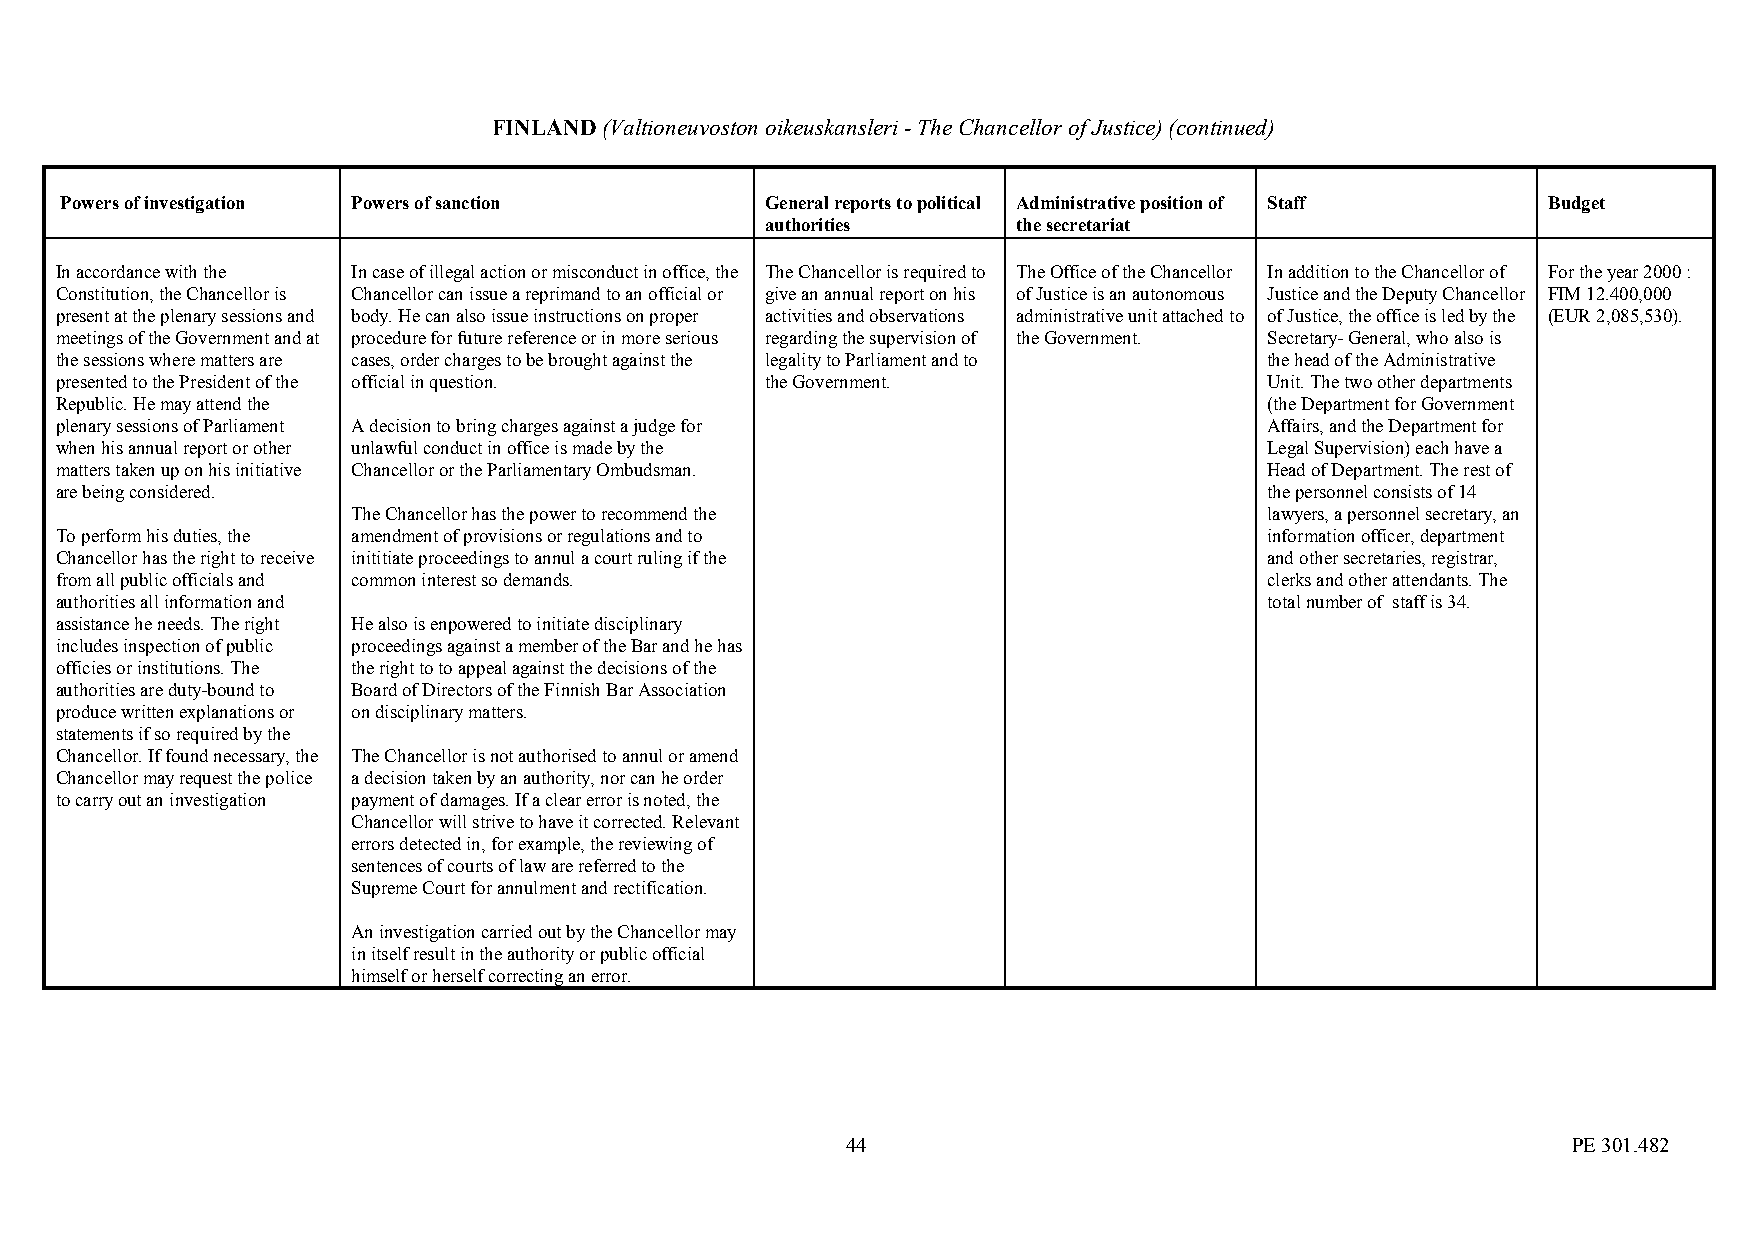
FINLAND (Valtioneuvoston oikeuskansleri - The Chancellor of Justice) (continued)
 Powers of investigation Powers of sanction     General reports to political Administrative position of Staff Budget
 authorities     the secretariat
 In accordance with the In case of illegal action or misconduct in office, the The Chancellor is required to The Office of the Chancellor In addition to the Chancellor of For the year 2000 :
 Constitution, the Chancellor is Chancellor can issue a reprimand to an official or give an annual report on his of Justice is an autonomous Justice and the Deputy Chancellor FIM 12.400,000
 present at the plenary sessions and body. He can also issue instructions on proper activities and observations administrative unit attached to of Justice, the office is led by the (EUR 2,085,530).
 meetings of the Government and at procedure for future reference or in more serious regarding the supervision of the Government. Secretary- General, who also is
 the sessions where matters are cases, order charges to be brought against the legality to Parliament and to the head of the Administrative
 presented to the President of the official in question. the Government.         Unit. The two other departments
 Republic. He may attend the                                                     (the Department for Government
 plenary sessions of Parliament A decision to bring charges against a judge for  Affairs, and the Department for
 when his annual report or other unlawful conduct in office is made by the       Legal Supervision) each have a
 matters taken up on his initiative Chancellor or the Parliamentary Ombudsman.   Head of Department. The rest of
 are being considered.                                                           the personnel consists of 14
 The Chancellor has the power to recommend the                lawyers, a personnel secretary, an
 To perform his duties, the amendment of provisions or regulations and to        information officer, department
 Chancellor has the right to receive inititiate proceedings to annul a court ruling if the and other secretaries, registrar,
 from all public officials and common interest so demands.                       clerks and other attendants. The
 authorities all information and                                                 total number of staff is 34.
 assistance he needs. The right He also is enpowered to initiate disciplinary
 includes inspection of public proceedings against a member of the Bar and he has
 officies or institutions. The the right to to appeal against the decisions of the
 authorities are duty-bound to Board of Directors of the Finnish Bar Association
 produce written explanations or on disciplinary matters.
 statements if so required by the
 Chancellor. If found necessary, the The Chancellor is not authorised to annul or amend
 Chancellor may request the police a decision taken by an authority, nor can he order
 to carry out an investigation payment of damages. If a clear error is noted, the
 Chancellor will strive to have it corrected. Relevant
 errors detected in, for example, the reviewing of
 sentences of courts of law are referred to the
 Supreme Court for annulment and rectification.
 An investigation carried out by the Chancellor may
 in itself result in the authority or public official
 himself or herself correcting an error.
 44                                              PE 301.482